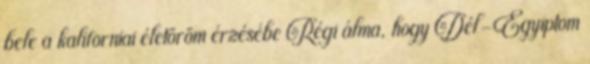
bele a kaliforniai életöröm érzésébe Régi álma, hogy Dél-Egyiptom